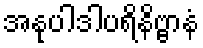
အနုပါဒါပရိနိဗ္ဗာနံ